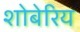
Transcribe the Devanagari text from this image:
शोबेरिय